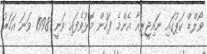
ވޯލްޑް ކަޕުގައި ނައިޖީރިއާ އެންމެ ފަހުން މޮޅުވެފައި ވަނީ 1998 ވަނަ އަހަރު